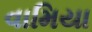
વામિયા